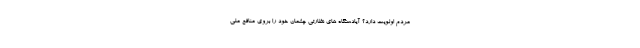
مردم اولویت دارد؟ آیادستگاه های نظارتی چشمان خود را بروی منافع ملی